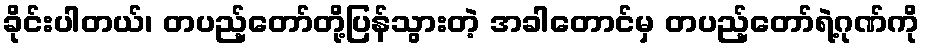
ခိုင်းပါတယ်၊ တပည့်တော်တို့ပြန်သွားတဲ့ အခါတောင်မှ တပည့်တော်ရဲ့ဂုဏ်ကို